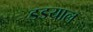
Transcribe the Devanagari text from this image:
डडयाल